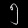
Digit: ၅